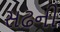
સઢની